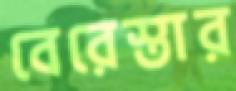
বেরেস্তার